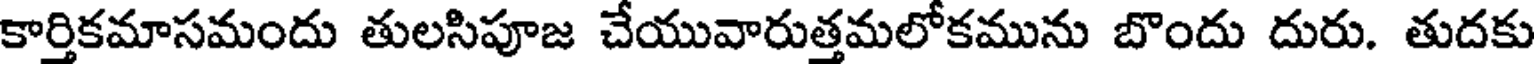
కార్తికమాసమందు తులసిపూజ చేయువారుత్తమలోకమును బొందు దురు. తుదకు